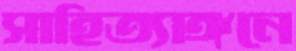
সাহিত্যাঙ্গনে